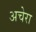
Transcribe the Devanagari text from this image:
अचेरा